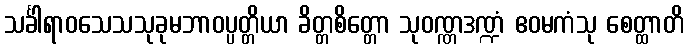
သင်္ခါရာဝသေသသုခုမဘာဝပ္ပတ္တိယာ ခိတ္တစိတ္တော သုဝဏ္ဏဒဏ္ဍံ ဧဝမကံသု စေတ္ထာတိ